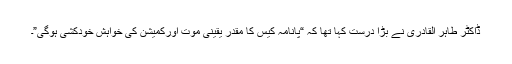
ڈاکٹر طاہر القادری نے بڑا درست کہا تھا کہ “پانامہ کیس کا مقدر یقینی موت اورکمیشن کی خواہش خودکشی ہوگی”۔